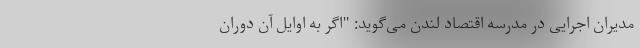
مدیران اجرایی در مدرسه اقتصاد لندن می‌گوید: "اگر به اوایل آن دوران